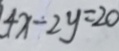
4 x - 2 y = 2 0